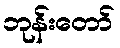
ဘုန်းတော်